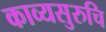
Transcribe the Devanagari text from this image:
काव्यसुरुचि